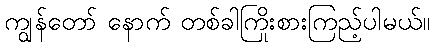
ကျွန်တော် နောက် တစ်ခါကြိုးစားကြည့်ပါမယ်။